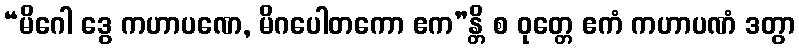
“မိဂေါ ဒွေ ကဟာပဏေ, မိဂပေါတကော ဧက”န္တိ စ ဝုတ္တေ ဧကံ ကဟာပဏံ ဒတွာ